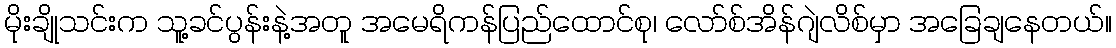
မိုးချိုသင်းက သူ့ခင်ပွန်းနဲ့အတူ အမေရိကန်ပြည်ထောင်စု၊ လော်စ်အိန်ဂျဲလိစ်မှာ အခြေချနေတယ်။